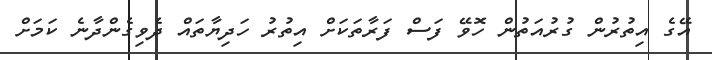
އޭގެ އިތުރުން ގުރުއަތުން ހޮވޭ ފަސް ފަރާތަކަށް އިތުރު ހަދިޔާތައް ދެވިގެންދާނެ ކަމަށް